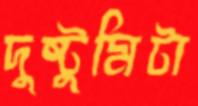
দুষ্টুমিটা